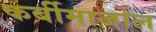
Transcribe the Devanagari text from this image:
कर्बीमाजोल